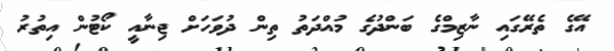
އޭގެ ތެރޭގައި ނާޒިމްގެ ބަންދުގެ މުއްދަތު ތިން ދުވަހަށް ޖިނާއީ ކޯޓުން އިތުރު